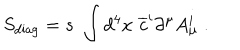
LaTeX: S _ { \mathrm { d i a g } } = s \, \, \int d ^ { 4 } x \, \, \overline { { { c } } } ^ { i } \partial ^ { \mu } A _ { \mu } ^ { i } \; .